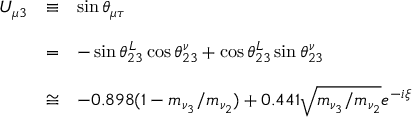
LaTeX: \begin{array} { l c l } { { U _ { \mu 3 } } } & { { \equiv } } & { { \sin \theta _ { \mu \tau } } } \\ { { } } & { { } } & { { } } \\ { { } } & { { = } } & { { - \sin \theta _ { 2 3 } ^ { L } \cos \theta _ { 2 3 } ^ { \nu } + \cos \theta _ { 2 3 } ^ { L } \sin \theta _ { 2 3 } ^ { \nu } } } \\ { { } } & { { } } & { { } } \\ { { } } & { { \cong } } & { { - 0 . 8 9 8 ( 1 - m _ { \nu _ { 3 } } / m _ { \nu _ { 2 } } ) + 0 . 4 4 1 \sqrt { m _ { \nu _ { 3 } } / m _ { \nu _ { 2 } } } e ^ { - i \xi } } } \end{array}